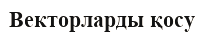
Векторларды қосу